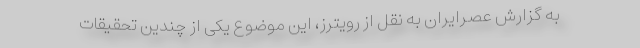
به گزارش عصرایران به نقل از رویترز، این موضوع یکی از چندین تحقیقات